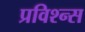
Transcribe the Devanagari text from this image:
प्रविश्न्स